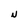
Character: N